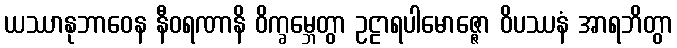
ယဿာနုဘာဝေန နီဝရဏာနိ ဝိက္ခမ္ဘေတွာ ဥဠာရပါမောဇ္ဇော ဝိပဿနံ အာရဘိတွာ